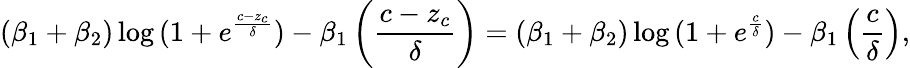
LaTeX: \left(\beta_{1}+\beta_{2}\right)\log{(1+e^{\frac{c-z_{c}}{\delta}})}-\beta_{1}\left(\frac{c-z_{c}}{\delta}\right)=\left(\beta_{1}+\beta_{2}\right)\log{(1+e^{\frac{c}{\delta}})}-\beta_{1}\left(\frac{c}{\delta}\right),